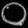
Digit: ၀